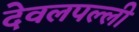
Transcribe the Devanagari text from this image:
देवलपल्ली